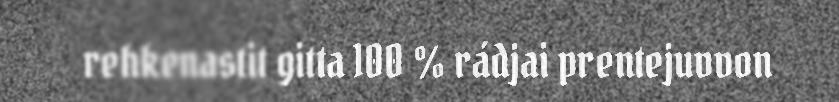
rehkenastit gitta 100 % rádjai prentejuvvon